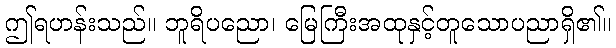
ဤရဟန်းသည်။ ဘူရိပညော၊ မြေကြီးအထုနှင့်တူသောပညာရှိ၏။